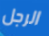
الرجل